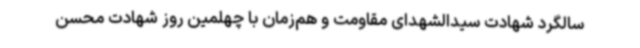
سالگرد شهادت سیدالشهدای مقاومت و هم‌زمان با چهلمین روز شهادت محسن